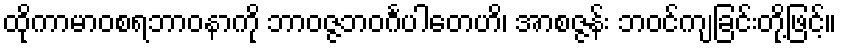
ထိုကာမာဝစရဘာဝနာကို ဘာဝဇ္ဇဘဝင်္ဂပါတေဟိ၊ အာစဇ္ဇန်း ဘဝင်ကျခြင်းတို့ဖြင့်။